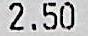
2.50